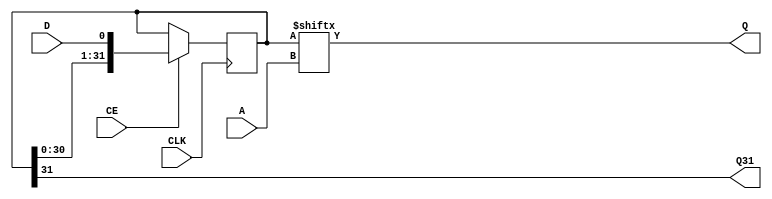
`ifdef verilator3
`else
`timescale 1 ps / 1 ps
`endif
//
// SRLC32E primitive for Xilinx FPGAs
// Compatible with Verilator tool (www.veripool.org)
// Copyright (c) 2019-2022 Frdric REQUIN
// License : BSD
//

module SRLC32E
#(
    parameter [31:0] INIT = 32'h0,
    parameter  [0:0] IS_CLK_INVERTED = 1'b0
)
(
    // Clock
    input  wire       CLK,
    // Clock enable
    input  wire       CE,
    // Bit output position
    input  wire [4:0] A,
    // Data in
    input  wire       D,
    // Data out
    output wire       Q,
    // Cascading data out
    output wire       Q31
);
    
    // 32-bit shift register
    reg  [31:0] _r_srl;
    
    // Power-up value
    initial begin
        _r_srl = INIT;
    end
    
    // Shifter logic
    generate
        if (IS_CLK_INVERTED) begin : GEN_CLK_NEG
            always @(negedge CLK) begin : SHIFTER_32B
            
                if (CE) begin
                    _r_srl <= { _r_srl[30:0], D };
                end
            end
        end
        else begin : GEN_CLK_POS
            always @(posedge CLK) begin : SHIFTER_32B
            
                if (CE) begin
                    _r_srl <= { _r_srl[30:0], D };
                end
            end
        end
    endgenerate
    
    // Data out
    assign Q   = _r_srl[A];
    
    // Cascading data out
    assign Q31 = _r_srl[31];

endmodule